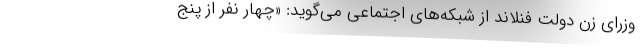
وزرای زن دولت فنلاند از شبکه‌های اجتماعی می‌گوید: «چهار نفر از پنج